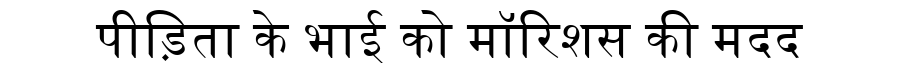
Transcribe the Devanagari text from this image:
पीड़िता के भाई को मॉरिशस की मदद